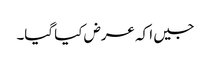
جیں ا کہ عرض کیا گیا۔